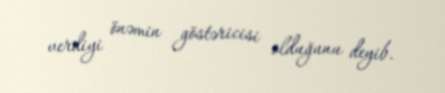
verdiyi önəmin göstəricisi olduğunu deyib.